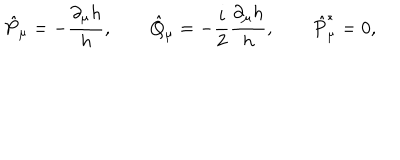
\hat { P } _ { \mu } = - { \frac { \partial _ { \mu } h } { h } } , \qquad \hat { Q } _ { \mu } = - { \frac { i } { 2 } } { \frac { \partial _ { \mu } h } { h } } , \qquad \hat { P } _ { \mu } ^ { * } = 0 ,